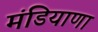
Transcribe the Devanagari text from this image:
मंडियाणा